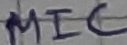
Text: MIC